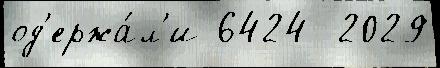
од'ержа́л'и 6424  2029